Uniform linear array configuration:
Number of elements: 16
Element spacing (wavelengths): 0.5
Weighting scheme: blackman
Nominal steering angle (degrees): -15
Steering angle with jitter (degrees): -15.91
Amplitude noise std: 0.05
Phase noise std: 0.05

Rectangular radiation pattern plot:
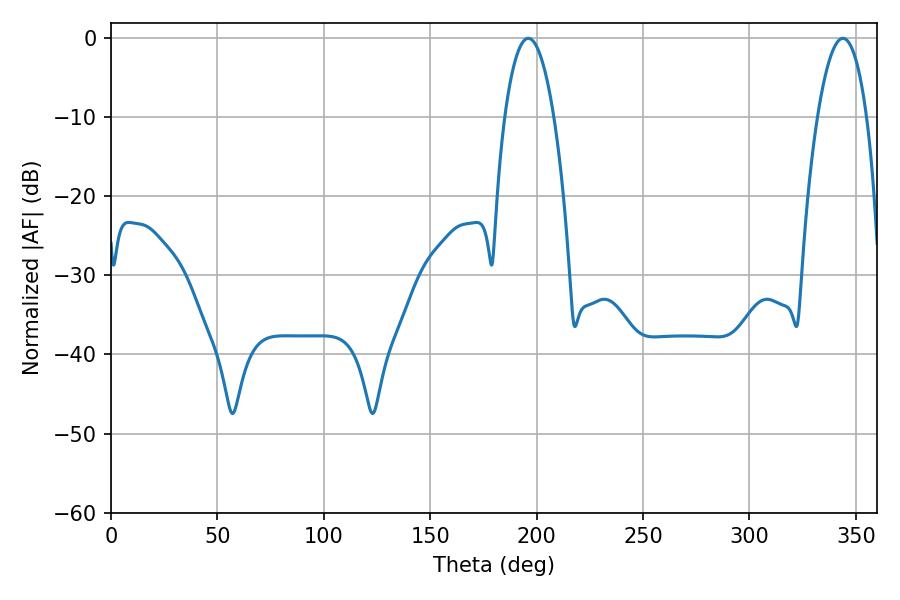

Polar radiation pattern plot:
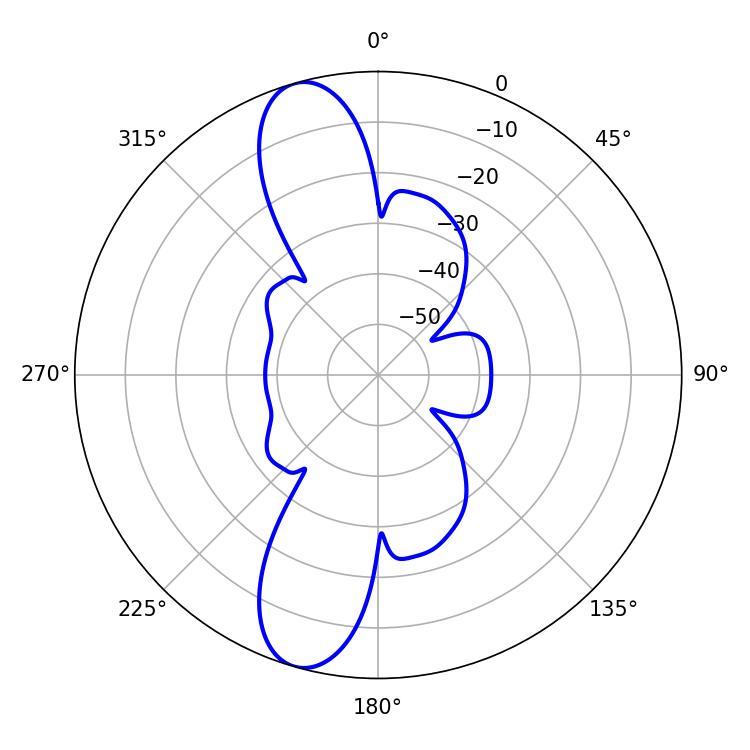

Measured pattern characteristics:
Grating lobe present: FALSE
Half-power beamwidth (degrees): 12.96
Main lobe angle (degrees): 196.02